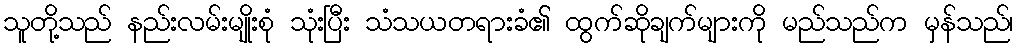
သူတို့သည် နည်းလမ်းမျိုးစုံ သုံးပြီး သံသယတရားခံ၏ ထွက်ဆိုချက်များကို မည်သည်က မှန်သည်၊